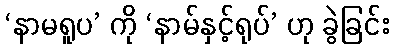
‘နာမရူပ’ ကို ‘နာမ်နှင့်ရုပ်’ ဟု ခွဲခြင်း